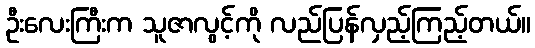
ဦးလေးကြီးက သူဇာလွင့်ကို လည်ပြန်လှည့်ကြည့်တယ်။